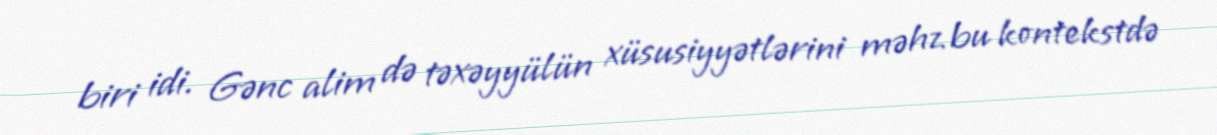
biri idi. Gənc alim də təxəyyülün xüsusiyyətlərini məhz bu kontekstdə